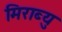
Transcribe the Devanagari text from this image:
मिराब्यु